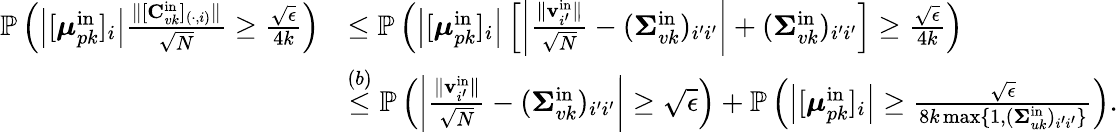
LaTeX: \begin{array}{rl}{\mathbb{P}\left(\left|[\boldsymbol{\mu}_{pk}^{\mathrm{in}}]_{i}\right|\frac{\| [\mathbf{C}_{vk}^{\mathrm{in}}]_{(\cdot,i)}\| }{\sqrt{N}}\geq\frac{\sqrt{\epsilon}}{4k}\right)}&{\leq\mathbb{P}\left(\left|[\boldsymbol{\mu}_{pk}^{\mathrm{in}}]_{i}\right|\left[\left|\frac{\| \mathbf{v}_{i^{\prime}}^{\mathrm{in}}\| }{\sqrt{N}}-(\boldsymbol{\Sigma}_{vk}^{\mathrm{in}})_{i^{\prime}i^{\prime}}\right|+(\boldsymbol{\Sigma}_{vk}^{\mathrm{in}})_{i^{\prime}i^{\prime}}\right]\geq\frac{\sqrt{\epsilon}}{4k}\right)}\\ &{\stackrel{(b)}{\leq}\mathbb{P}\left(\left|\frac{\| \mathbf{v}_{i^{\prime}}^{\mathrm{in}}\| }{\sqrt{N}}-(\boldsymbol{\Sigma}_{vk}^{\mathrm{in}})_{i^{\prime}i^{\prime}}\right|\geq\sqrt{\epsilon}\right)+\mathbb{P}\left(\left|[\boldsymbol{\mu}_{pk}^{\mathrm{in}}]_{i}\right|\geq\frac{\sqrt{\epsilon}}{8k\operatorname*{max}\{ 1,(\boldsymbol{\Sigma}_{uk}^{\mathrm{in}})_{i^{\prime}i^{\prime}}\} }\right).}\end{array}